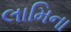
લામિના